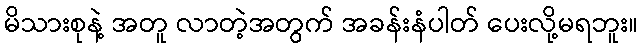
မိသားစုနဲ့ အတူ လာတဲ့အတွက် အခန်းနံပါတ် ပေးလို့မရဘူး။